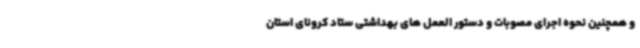
و همچنین نحوه اجرای مصوبات و دستور العمل های بهداشتی ستاد کرونای استان